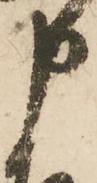
申